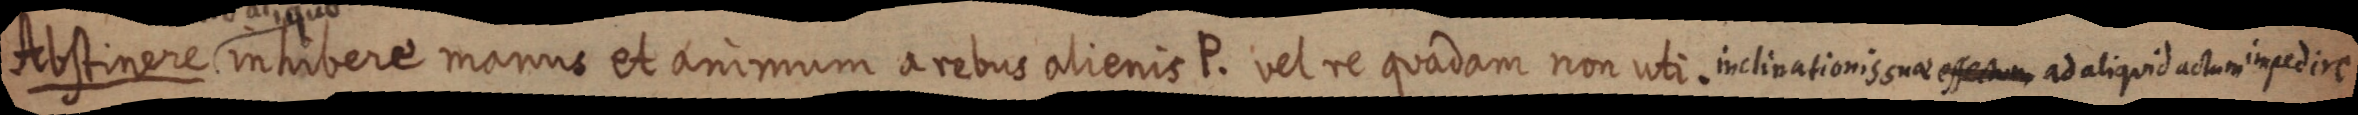
diostinere intribere manne et animum arebus alienis E. vel re quadam non uoli. mnelivationisonae afat adaliqoid acturinpedn